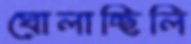
ঘোলাচ্ছিলি